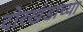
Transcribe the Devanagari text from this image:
दोरखंडाच्या